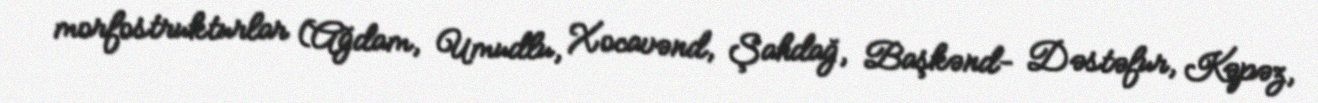
morfostrukturlar (Ağdam, Umudlu, Xocavənd, Şahdağ, Başkənd- Dəstəfur, Kəpəz,